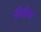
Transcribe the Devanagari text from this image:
प्रीतीचं